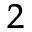
_ 2